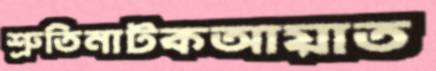
শ্রুতিনাটকআয়াত